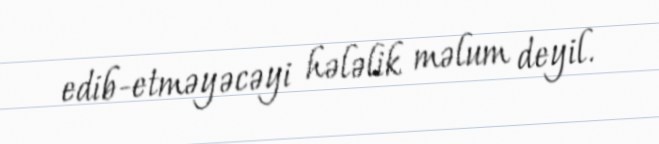
edib-etməyəcəyi hələlik məlum deyil.